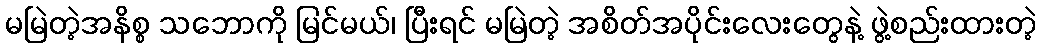
မမြဲတဲ့အနိစ္စ သဘောကို မြင်မယ်၊ ပြီးရင် မမြဲတဲ့ အစိတ်အပိုင်းလေးတွေနဲ့ ဖွဲ့စည်းထားတဲ့